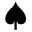
\spadesuit